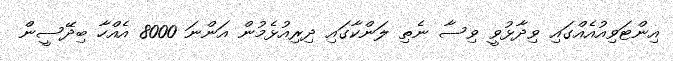
އިންޓަވިއުއެއްގައި ވިދާޅުވީ ވިސާ ނެތި ލަންކާގައި ދިރިއުޅެމުން އަންނަ 8000 އެއްހާ ބިދޭސީން